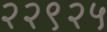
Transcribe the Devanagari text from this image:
२२९२५